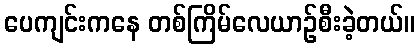
ပေကျင်းကနေ တစ်ကြိမ်လေယာဉ်စီးခဲ့တယ်။